Indian journal of veterinary science and animal husbandry - Volume 8,
Year: 1938
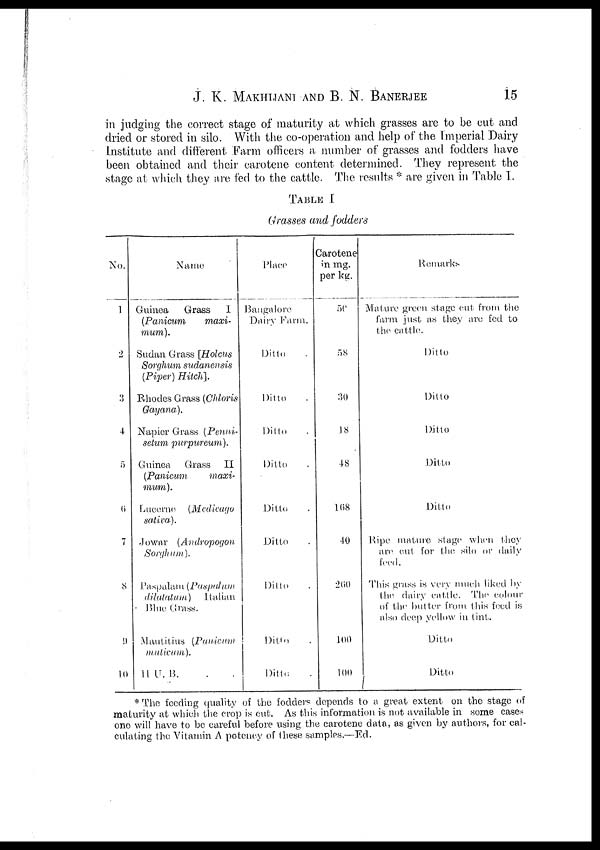
J. K. MAKHIJANI AND B. N.
BANERJEE
15
in judging the correct stage of maturity at which grasses are to be cut and
dried or stored in silo. With the co-operation and help of the Imperial Dairy
Institute and different Farm officers a number of grasses and fodders have
been obtained and their carotene content determined. They represent the
stage at which they are fed to the cattle. The results * are given in Table I.
TABLE I
Grasses and fodders
No.
1
2
3
4
5
6
7
8
9
10
Name
Guinea
Grass
I
(Panicum
maxi-
mum).
Sudan Grass [Holcus
Sorghum sudanensis
(Piper) Hitch].
Rhodes Grass (Chloris
Gayana.).
Napier Grass (Penni-
setum purpureum).
Guinea Grass II
(Panicum
maxi-
mum).
Lucorne (Medicago
saliva).
Jowar (Andropogon
Sorghum).
Paspalam (Paspalum
dilalatum)
Italian
Blue
Grass.
Mautitius (Panicum
muticum).
H. U. B. . .
Place
Bangalore
Dairy Farm.
Ditto .
Ditto .
Ditto .
Ditto .
Ditto .
Ditto .
Ditto .
Ditto .
Ditto .
Carotene
in mg.
per kg.
50
58
30
18
48
168
40
260
100
100
Remarks
Mature green stage cut from the
farm just as they are fed to
the cattle.
Ditto
Ditto
Ditto
Ditto
Ditto
Ripe mature stage when they
are cut for the silo or daily
feed.
This grass is very much liked by
the dairy cattle. The colour
of the butter from this feed is
also deep yellow in tint.
Ditto
Ditto
* The feeding quality of the fodders depends to a great extent on the stage of
maturity at which the crop is cut. As this information is not available in some cases
one will have to be careful before using the carotene data, as given by authors, for cal-
culating the Vitamin A potency of these samples.—Ed.